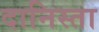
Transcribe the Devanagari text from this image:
दानिस्ता